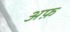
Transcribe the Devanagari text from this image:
अफ़